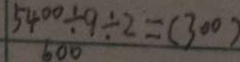
\frac { 5 4 0 0 \div 9 } { 6 0 0 } \div 2 = ( 3 0 0 )